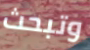
وتبحث